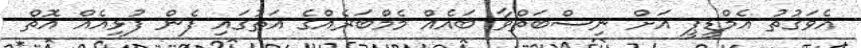
އެވަގުތު އެމްޑީޕީ އަށް ނިސްބަތްވާ ބައެއް މެމްބަރެއްގެ އަތުގައި ފެން ފުޅިއެއް އޮތް